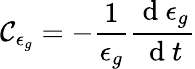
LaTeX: \mathcal{C}_{\epsilon_{g}}=-\frac{{1}}{{\epsilon_{g}}}\frac{{\mathrm{{~d~}}\epsilon_{g}}}{{\mathrm{{~d~}}t}}